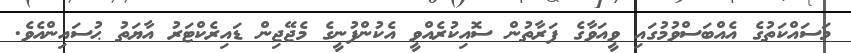
މަސައްކަތުގެ އެއްބަސްވުމުގައި ވީއަވާގެ ފަރާތުން ސޮއިކުރެއްވީ އެކުންފުނީގެ މެޖޭޖިން ޑައިރެކްޓަރު އާޔަތު ޙުސައިންއެވެ.